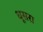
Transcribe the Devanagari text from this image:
धूसरा